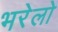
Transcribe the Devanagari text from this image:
भरेलो